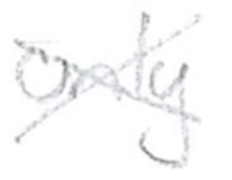
Text: only
Cross-out: cross
Writing tool: pencil